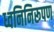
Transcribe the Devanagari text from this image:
ध्वनिनिरूपण